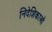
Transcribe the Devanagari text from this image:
निदेशिकाओं